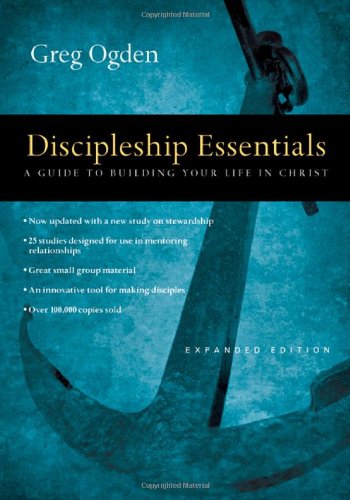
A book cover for Discipleship Essentials: A Guide to Building Your Life in Christ; Greg Ogden; Christian Books & Bibles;